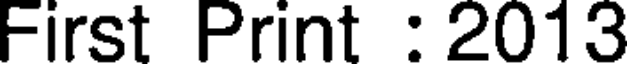
First Print : 2013